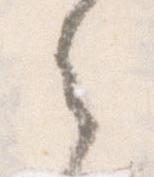
之